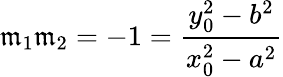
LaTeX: \mathfrak{m}_{1}\mathfrak{m}_{2}=-1={\frac{{y_{0}^{2}-b^{2}}}{{x_{0}^{2}-a^{2}}}}